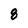
Character: 8